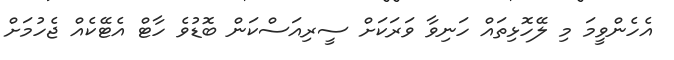
އެހެންވީމަ މި ލޭހޮޅިތައް ހަނިވާ ވަރަކަށް ސީރިއަސްކަން ބޮޑުވެ ހާޓް އެޓޭކެއް ޖެހުމަށް